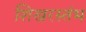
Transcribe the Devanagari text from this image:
शिखरस्तंभ